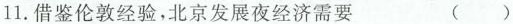
11.借鉴伦敦经验，北京发展夜经济需要（）